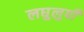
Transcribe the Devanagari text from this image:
लघुलुपी